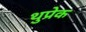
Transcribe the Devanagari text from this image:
थुप्रेक